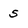
Character: 5